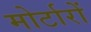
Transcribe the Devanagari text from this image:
मोर्टारों